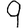
Digit: 9